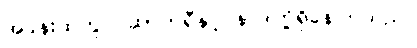
အခန်းထဲတွင် ဆာဘရီနှင့် နာဒါတို့ရှိနေကြသည်။